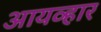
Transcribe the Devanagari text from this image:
आयव्हार